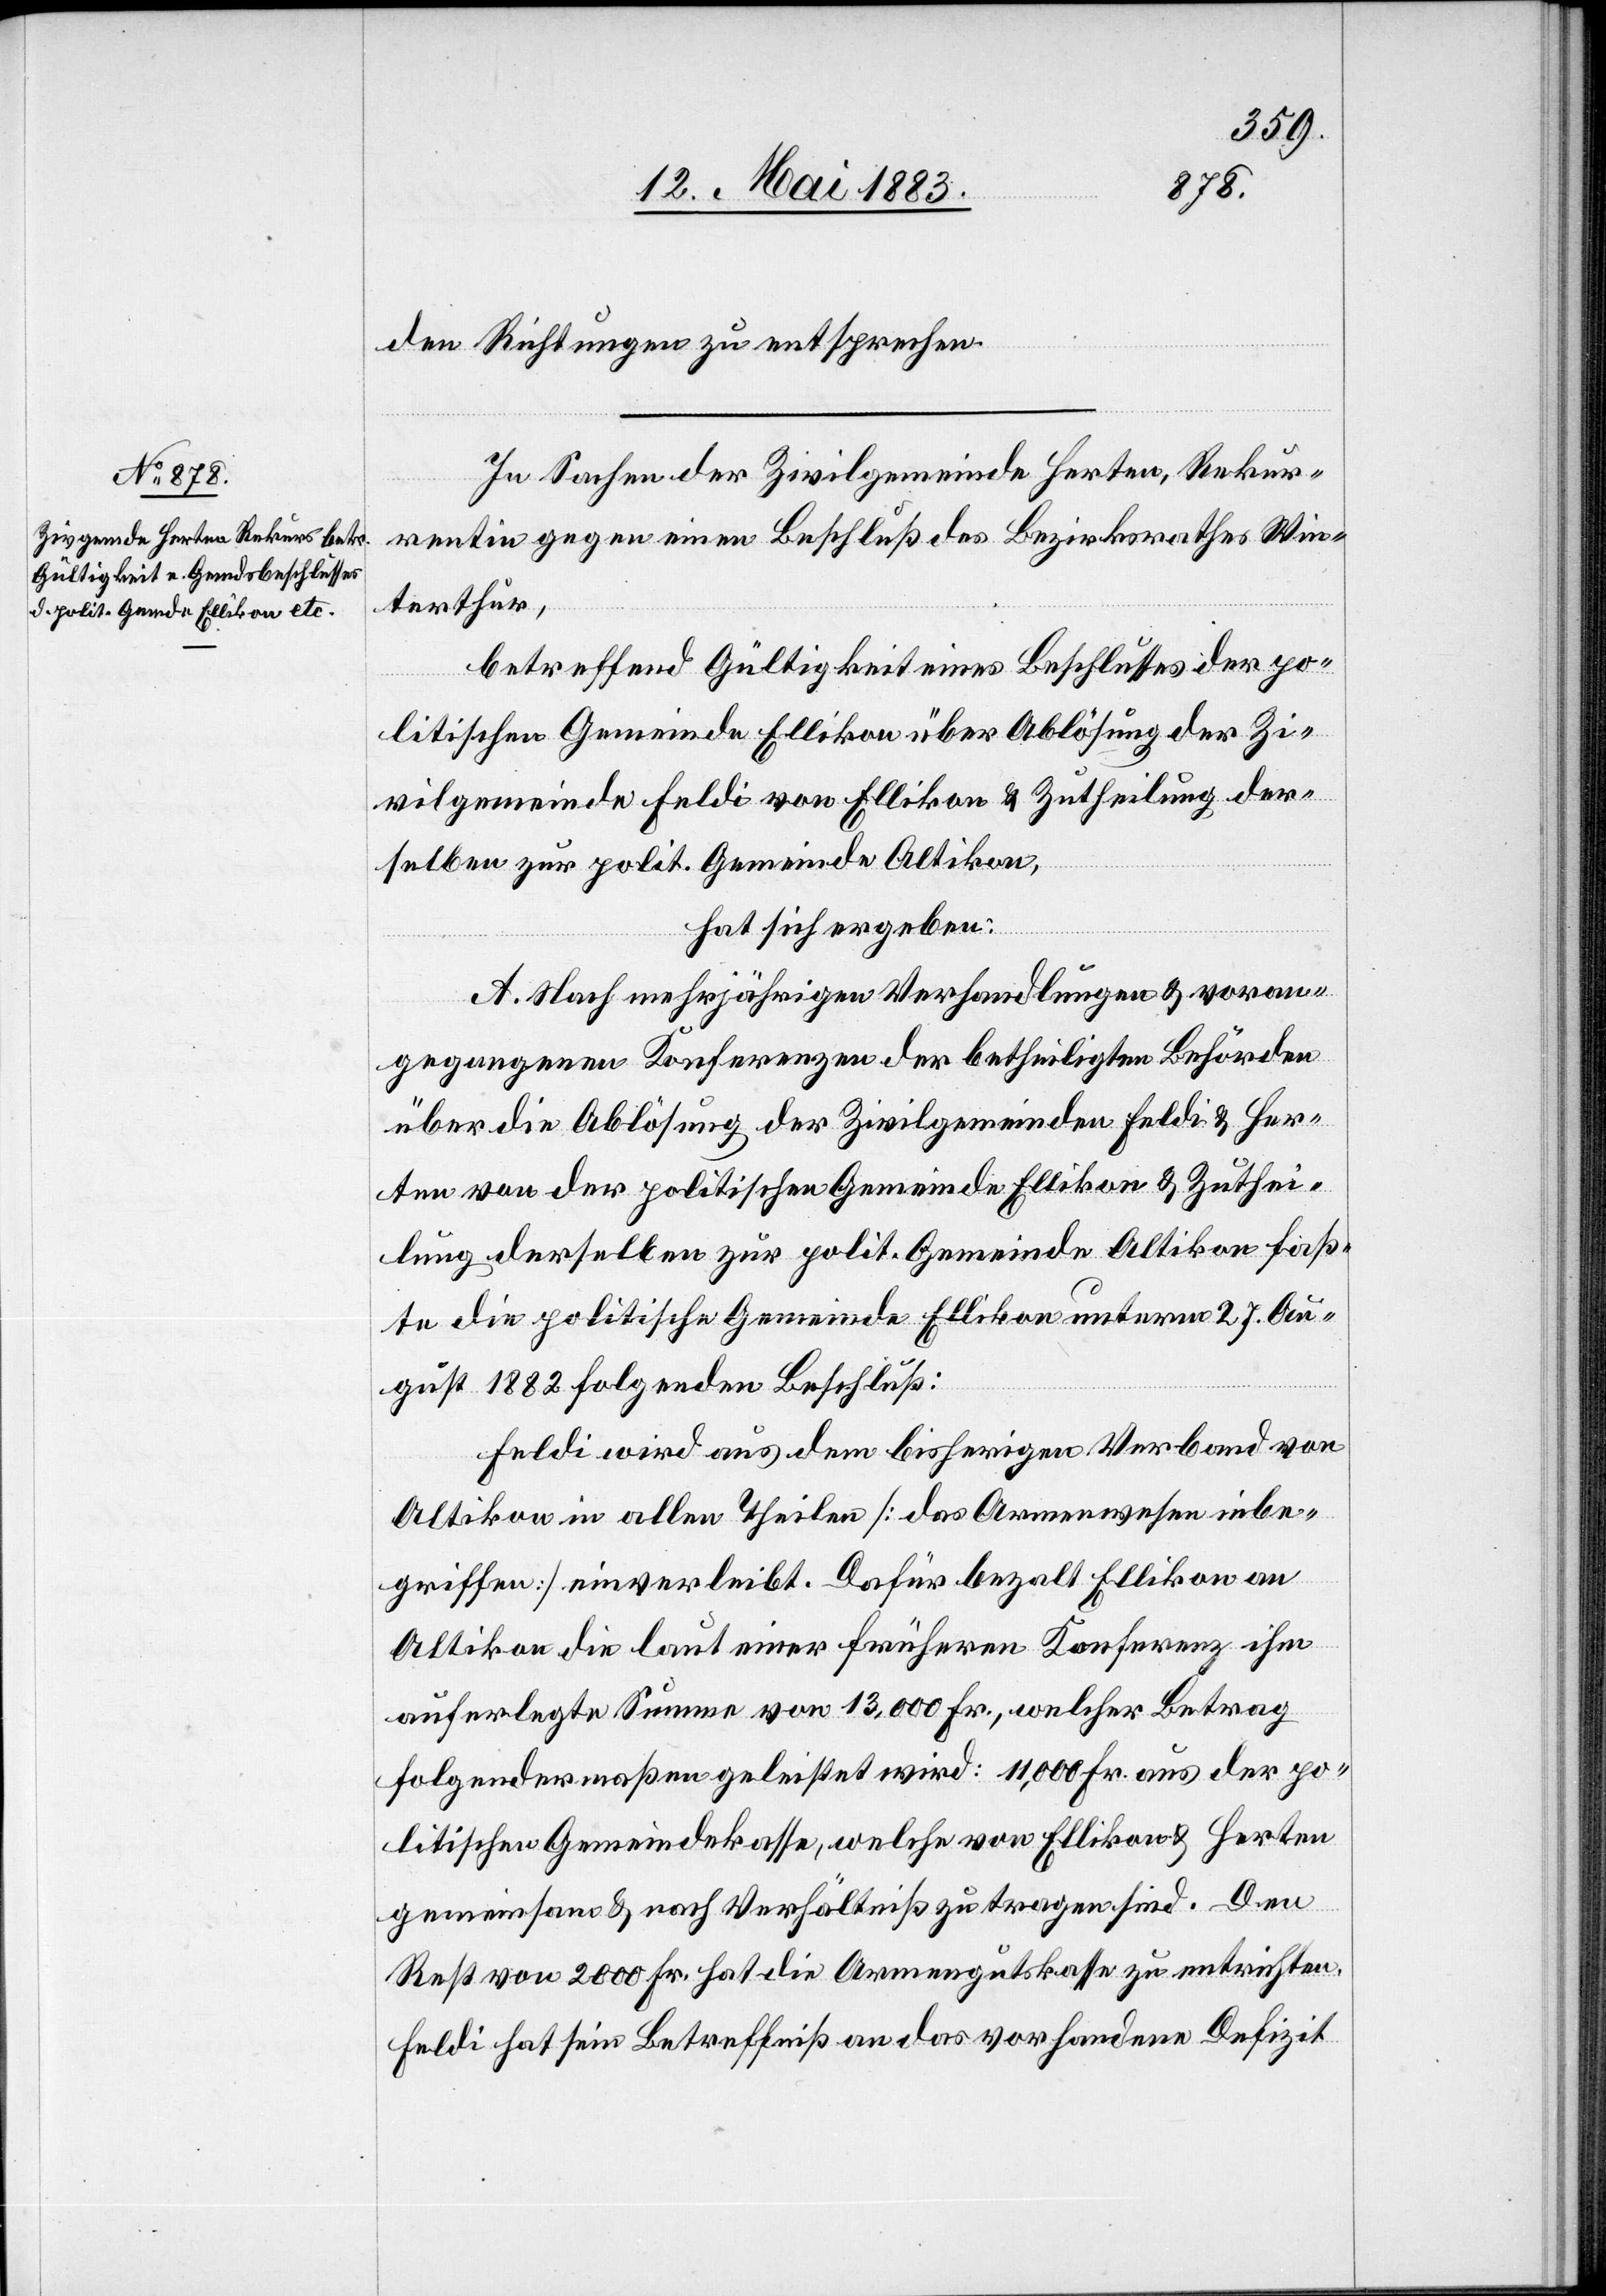
den Richtungen zu entsprechen.
In Sachen der Zivilgemeinde Herten, Rekur¬
rentin gegen einen Beschluß des Bezirksrathes Win¬
terthur,
betreffend Gültigkeit eines Beschlusses der po¬
litischen Gemeinde Ellikon über Ablösung der Zi¬
vilgemeinde Feldi von Ellikon & Zutheilung der¬
selben zur polit. Gemeinde Altikon,
hat sich ergeben:
A. Nach mehrjährigen Verhandlungen & voran¬
gegangenen Konferenzen der betheiligten Behörden
über die Ablösung der Zivilgemeinden Feldi & Her¬
ten von der politischen Gemeinde Ellikon & Zuthei¬
lung derselben zur polit. Gemeinde Altikon faß¬
te die politische Gemeinde Ellikon unterm 27. Au¬
gust 1882 folgenden Beschluß:
Feldi wird aus dem bisherigen Verband von
Altikon in allen Theilen [das Armenwesen inbe¬
griffen] einverleibt. Dafür bezahlt Ellikon an
Altikon die laut einer frühern Konferenz ihm
auferlegte Summe von 13,000 Fr., welcher Betrag
folgendermaßen geleistet wird: 11,000 Fr. aus der po¬
litischen Gemeindekasse, welche von Ellikon & Herten
gemeinsam & nach Verhältniß zu tragen sind. Den
Rest von 2000 Fr. hat die Armengutskasse zu entrichten.
Feldi hat sein Betreffniß an das vorhandene Deifizit